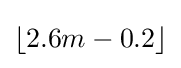
\lfloor 2.6m-0.2\rfloor